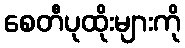
စေတီပုထိုးများကို